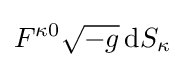
F^{\kappa 0}{\sqrt {-g}}\,\mathrm {d} S_{\kappa }